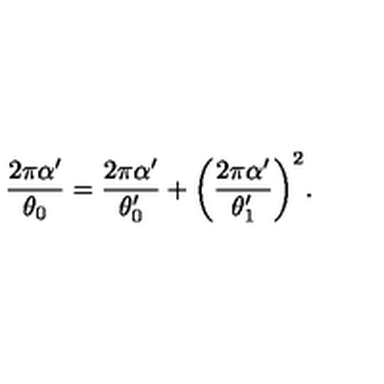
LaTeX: \frac { 2 \pi \alpha ^ { \prime } } { \theta _ { 0 } } = \frac { 2 \pi \alpha ^ { \prime } } { \theta _ { 0 } ^ { \prime } } + \biggl ( \frac { 2 \pi \alpha ^ { \prime } } { \theta _ { 1 } ^ { \prime } } \biggr ) ^ { 2 } .